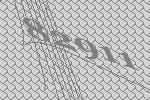
82911